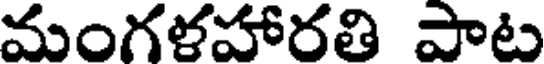
మంగళహారతి పాట